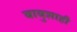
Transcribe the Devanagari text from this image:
बाबुशाही